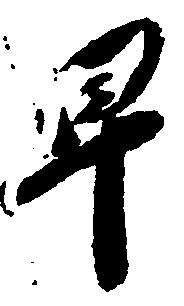
早